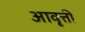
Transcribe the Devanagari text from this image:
अावृत्ती